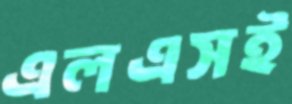
এলএসই